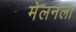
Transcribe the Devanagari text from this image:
मेलनला